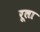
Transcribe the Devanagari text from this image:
रूला